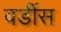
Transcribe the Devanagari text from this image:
वर्डीस